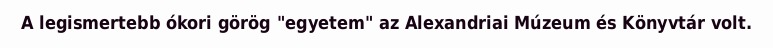
A legismertebb ókori görög "egyetem" az Alexandriai Múzeum és Könyvtár volt.